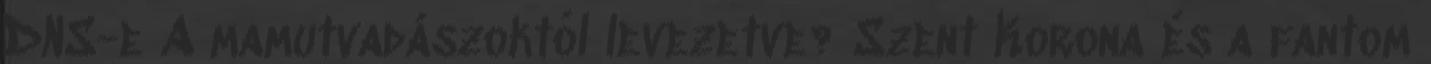
DNS-e A mamutvadászoktól levezetve? Szent Korona és a fantom